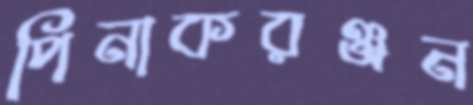
পিনাকরঞ্জন